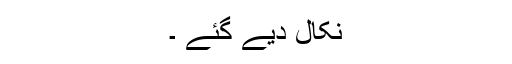
نکال دیے گئے ۔